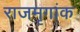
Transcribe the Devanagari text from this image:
राजमृगांक